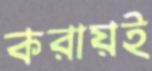
করায়ই